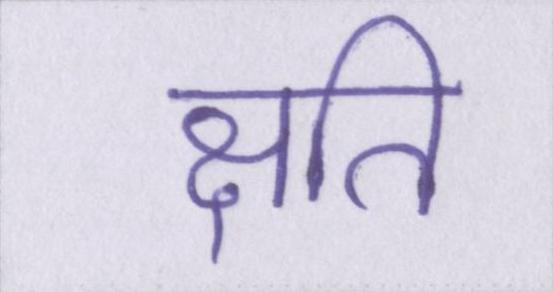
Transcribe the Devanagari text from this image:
क्षति